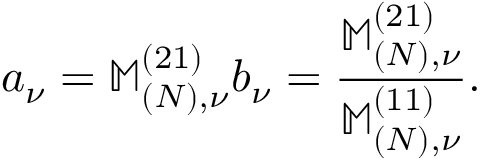
a _ { \nu } = \mathbb { M } _ { ( N ) , \nu } ^ { ( 2 1 ) } b _ { \nu } = \frac { \mathbb { M } _ { ( N ) , \nu } ^ { ( 2 1 ) } } { \mathbb { M } _ { ( N ) , \nu } ^ { ( 1 1 ) } } .